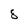
Character: 8